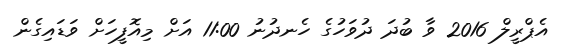
އެޕްރީލް 2016 ވާ ބުދަ ދުވަހުގެ ހެނދުނު 11:00 އަށް މިއޮފީހަށް ވަޑައިގެން